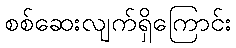
စစ်ဆေးလျက်ရှိကြောင်း